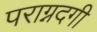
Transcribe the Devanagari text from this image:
पराग्नदगी